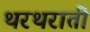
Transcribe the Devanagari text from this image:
थरथराती